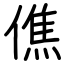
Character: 僬